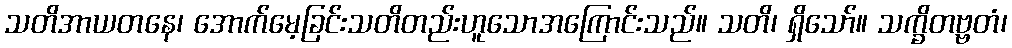
သတိအာယတနေ၊ အောက်မေ့ခြင်းသတိတည်းဟူသောအကြောင်းသည်။ သတိ၊ ရှိသော်။ သက္ခိတဗ္ဗတံ၊